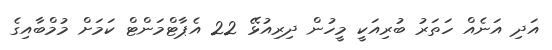
އަދި އަނެއް ހަތަރު ބުރިއަކީ މީހުން ދިރިއުޅޭ 22 އެޕާޓްމަންޓް ކަމަށް މުމްބާއިގެ